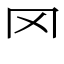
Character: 罓